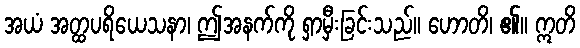
အယံ အတ္ထပရိယေသနာ၊ ဤအနက်ကို ရှာမှီးခြင်းသည်။ ဟောတိ၊ ၏။ ဣတိ